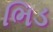
ભિડ